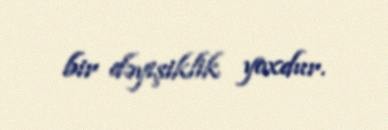
bir dəyişiklik yoxdur.